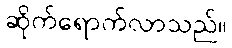
ဆိုက်ရောက်လာသည်။